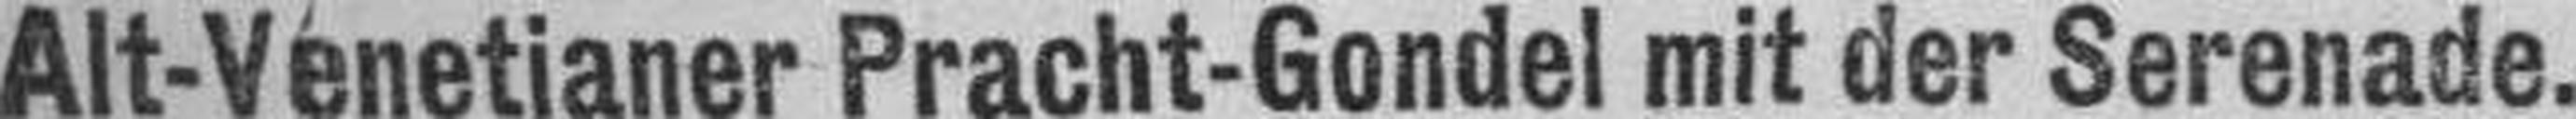
Alt-Venetianer Pracht-Gondel mit der Serenade.